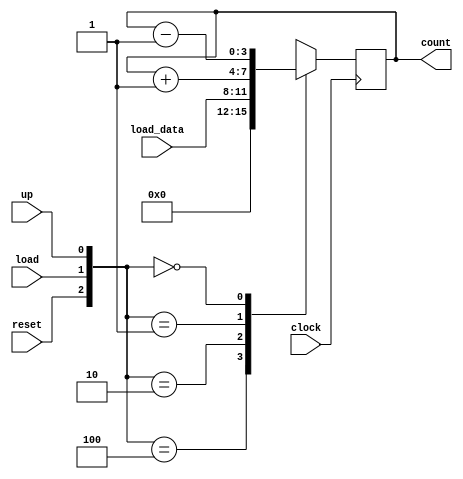
module counter( clock, reset, load, up, load_data, count);
input clock, reset, load, up;
input [3:0] load_data;
output [3:0] count;
reg [3:0] count;
always @ (posedge clock)
case({reset, load, up})
3'b100: count = 4'b0;
3'b010: count = load_data;
3'b001: count = count+1;
3'b000: count = count -1;
default: count =4'bx;
endcase 
endmodule